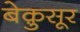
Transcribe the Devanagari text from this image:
बेक़ुसूर